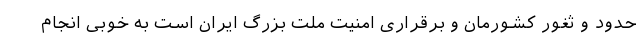
حدود و ثغور کشورمان و برقراری امنیت ملت بزرگ ایران است به خوبی انجام